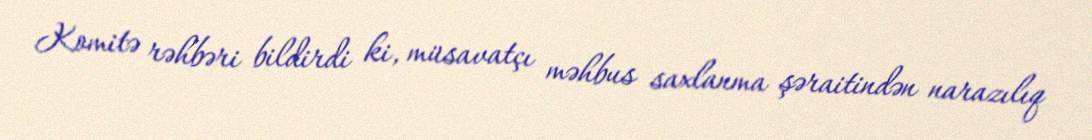
Komitə rəhbəri bildirdi ki, müsavatçı məhbus saxlanma şəraitindən narazılıq